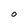
Character: O